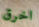
اخرق